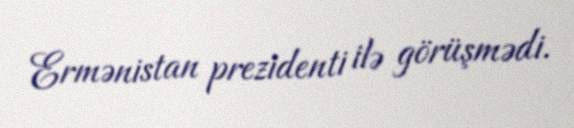
Ermənistan prezidenti ilə görüşmədi.